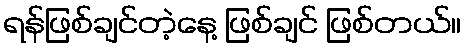
ရန်ဖြစ်ချင်တဲ့နေ့ ဖြစ်ချင် ဖြစ်တယ်။